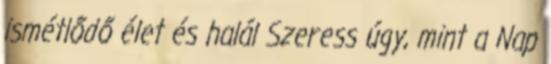
ismétlődő élet és halál Szeress úgy, mint a Nap